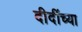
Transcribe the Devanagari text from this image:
दीदींच्या